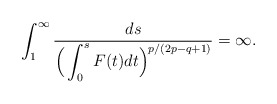
\begin{align*}\int_{1}^\infty\frac{ds}{\Big(\displaystyle \int_0^s F(t)dt \Big)^{p/(2p - q+1)}} = \infty.\end{align*}